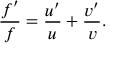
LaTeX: { \frac { f ^ { \prime } } { f } } = { \frac { u ^ { \prime } } { u } } + { \frac { v ^ { \prime } } { v } } .